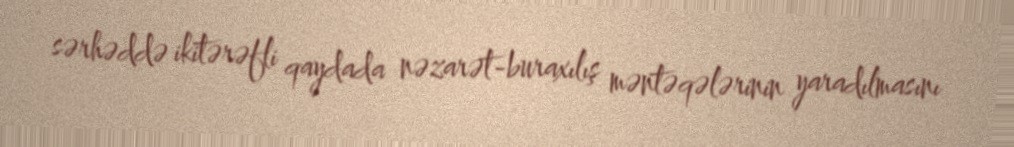
sərhəddə ikitərəfli qaydada nəzarət-buraxılış məntəqələrinin yaradılmasını